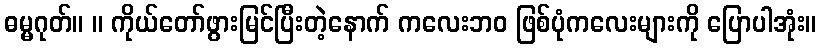
ဓမ္မဂုတ်။ ။ ကိုယ်တော်ဖွားမြင်ပြီးတဲ့နောက် ကလေးဘဝ ဖြစ်ပုံကလေးများကို ပြောပါအုံး။